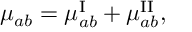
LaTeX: \mu _ { a b } = \mu _ { a b } ^ { \mathrm { I } } + \mu _ { a b } ^ { \mathrm { I I } } ,